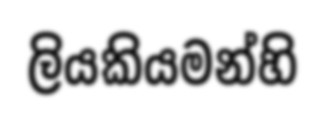
ලියකියමන්හි